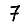
Digit: 7